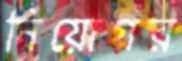
নিয়োগর